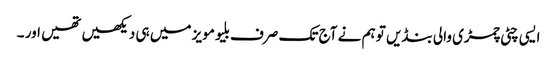
ایسی چٹی چمڑی والی بنڈیں تو ہم نے آج تک صرف بلیو مویز میں ہی دیکھیں تھیں اور ۔